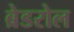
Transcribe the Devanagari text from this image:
ब्रेडरोल